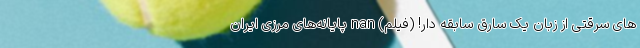
های سرقتی از زبان یک سارق سابقه دار! (فیلم) nan پایانه‌های مرزی ایران